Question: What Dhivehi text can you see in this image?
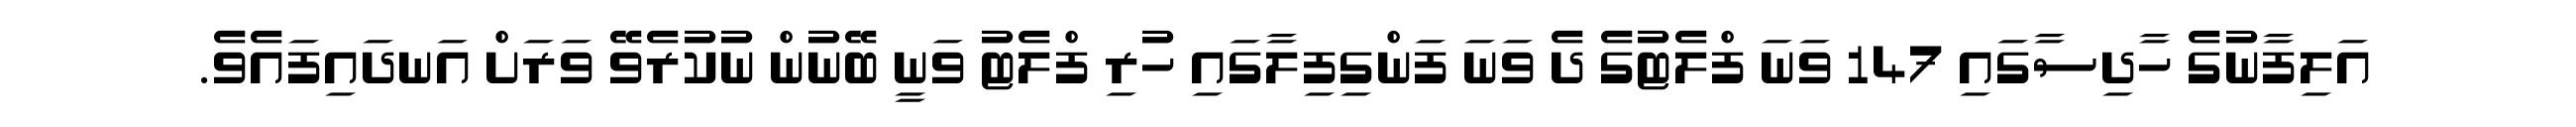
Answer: އަލިފާނުގެ ހާދިސާގައި 147 ވަނަ ފްލެޓުގެ ދެ ވަނަ ފަންގިފިލާގައި ހުރި ފްލެޓު ވަނީ ބޭނުން ނުކުރެވޭ ވަރަށް އަނދައިފައެވެ.